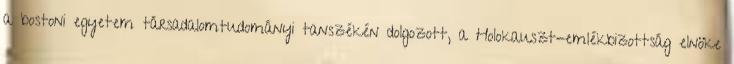
a bostoni egyetem társadalomtudományi tanszékén dolgozott, a Holokauszt-emlékbizottság elnöke